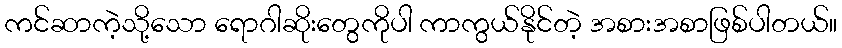
ကင်ဆာကဲ့သို့သော ရောဂါဆိုးတွေကိုပါ ကာကွယ်နိုင်တဲ့ အစားအစာဖြစ်ပါတယ်။